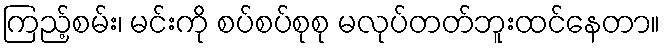
ကြည့်စမ်း၊ မင်းကို စပ်စပ်စုစု မလုပ်တတ်ဘူးထင်နေတာ။